Annual report on the Civil Veterinary Department, Burma (including the Insein Veterinary School) - 1910-1922
Year: 1910
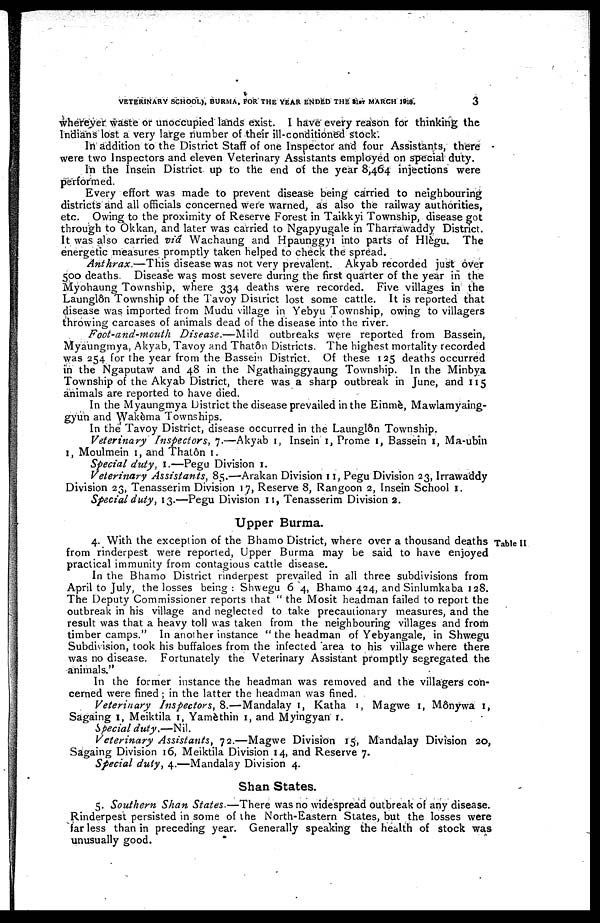
VETERINARY SCHOOL), BURMA, FOR THE YEAR ENDED THE 31ST MARCH
1918.
3
wherever waste or unoccupied lands exist. I have every reason for thinking the
Indians lost a very large number of their ill-conditioned stock.
In addition to the District Staff of one Inspector and four Assistants, there
were two Inspectors and eleven Veterinary Assistants employed on special duty.
In the Insein District up to the end of the year 8,464 injections were
performed.
Every effort was made to prevent disease being carried to neighbouring
districts and all officials concerned were warned, as also the railway authorities,
etc. Owing to the proximity of Reserve Forest in Taikkyi Township, disease got
through to Okkan, and later was carried to Ngapyugale in Tharrawaddy District.
It was also carried via Wachaung and Hpaunggyi into parts of Hlègu. The
energetic measures promptly taken helped to check the spread.
Anthrax.—This
disease was not very prevalent. Akyab recorded just over
500 deaths. Disease was most severe during the first quarter of the year in the
Myohaung Township, where 334 deaths were recorded. Five villages in the
Launglôn Township of the Tavoy District lost some cattle. It is reported that
disease was imported from Mudu village in Yebyu Township, owing to villagers
throwing carcases of animals dead of the disease into the river.
Foot-and-mouth
Disease.—Mild
outbreaks were reported from Bassein,
Myaungmya, Akyab, Tavoy and Thatôn Districts. The highest mortality recorded
was 254 for the year from the Bassein District. Of these 125 deaths occurred
in the Ngaputaw and 48 in the Ngathainggyaung Township. In the Minbya
Township of the Akyab District, there was a sharp outbreak in June, and 115
animals are reported to have died.
In the Myaungmya District the disease prevailed in the Einmè, Mawlamyaing-
gyun and Wakèma Townships.
In the Tavoy District, disease occurred in the Launglôn Township.
Veterinary
Inspectors, 7.—Akyab 1, Insein 1, Prome 1, Bassein 1, Ma.ubin
1, Moulmein 1, and Thatôn 1.
Special duty, 1.—Pegu Division 1.
Veterinary Assistants, 85.—Arakan Division 11, Pegu Division 23, Irrawaddy
Division 23, Tenasserim Division 17, Reserve 8, Rangoon 2, Insein School 1.
Special duty, 13.—Pegu Division 11, Tenasserim Division 2.
Upper Burma.
Table II
4. With the exception of the Bhamo District, where over a thousand deaths
from rinderpest were reported, Upper Burma may be said to have enjoyed
practical immunity from contagious cattle disease.
In the Bhamo District rinderpest prevailed in all three subdivisions from
April to July, the losses being: Shwegu 64, Bhamo 424, and Sinlumkaba 128.
The Deputy Commissioner reports that "the Mosit headman failed to report the
outbreak in his village and neglected to take precautionary measures, and the
result was that a heavy toll was taken from the neighbouring villages and from
timber camps." In another instance "the headman of Yebyangale, in Shwegu
Subdivision, took his buffaloes from the infected area to his village where there
was no disease. Fortunately the Veterinary Assistant promptly segregated the
animals."
In the former instance the headman was removed and the villagers con-
cerned were fined; in the latter the headman was fined.
Veterinary
Inspectors,8.—Mandalay
1, Katha 1, Magwe 1, Mônywa 1,
Sagaing 1, Meiktila 1, Yamèthin 1, and Myingyan 1.
special duty.—Nil.
Veterinary Assistants, 72.—Magwe Division 15, Mandalay Division 20,
Sagaing Division 16, Meiktila Division 14, and Reserve 7.
Special duty, 4.—Mandalay Division 4.
Shan States.
5. Southern Shan States.—There
was no widespread outbreak of any disease.
Rinderpest persisted in some of the North-Eastern States, but the losses were
far less than in preceding year. Generally speaking the health of stock was
unusually good.